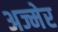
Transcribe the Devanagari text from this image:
अज्मेर